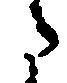
た